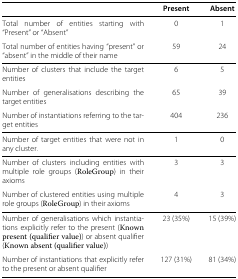
<table><thead><tr><td><b> </b></td><td><b>Present</b></td><td><b>Absent</b></td></tr></thead><tbody><tr><td>Total number of entities starting with “Present” or “Absent”</td><td>0</td><td>1</td></tr><tr><td>Total number of entities having “present” or “absent” in the middle of their name</td><td>59</td><td>24</td></tr><tr><td>Number of clusters that include the target entities</td><td>6</td><td>5</td></tr><tr><td>Number of generalisations describing the target entities</td><td>65</td><td>39</td></tr><tr><td>Number of instantiations referring to the target entities</td><td>404</td><td>236</td></tr><tr><td>Number of target entities that were not in any cluster.</td><td>1</td><td>0</td></tr><tr><td>Number of clusters including entities with multiple role groups (RoleGroup) in their axioms</td><td>3</td><td>3</td></tr><tr><td>Number of clustered entities using multiple role groups (RoleGroup) in their axioms</td><td>4</td><td>3</td></tr><tr><td>Number of generalisations which instantiations explicitly refer to the present (Known present (qualifier value)) or absent qualifier (Known absent (qualifier value))</td><td>23 (35%)</td><td>15 (39%)</td></tr><tr><td>Number of instantiations that explicitly refer to the present or absent qualifier</td><td>127 (31%)</td><td>81 (34%)</td></tr></tbody></table>